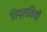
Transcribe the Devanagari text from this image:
विप्लवियों